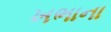
ખભાના